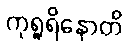
ကုရူရိနောတိ